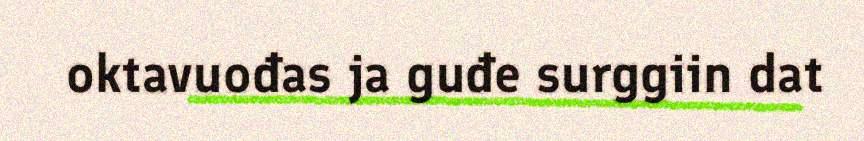
oktavuođas ja guđe surggiin dat